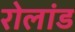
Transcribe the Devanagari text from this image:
रोलांड